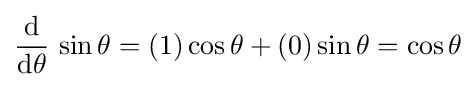
{\frac {\operatorname {d} }{\operatorname {d} \!\theta }}\,\sin \theta =(1)\cos \theta +(0)\sin \theta =\cos \theta